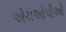
એચઓપીઓ